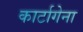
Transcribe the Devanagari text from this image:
कार्टागेना